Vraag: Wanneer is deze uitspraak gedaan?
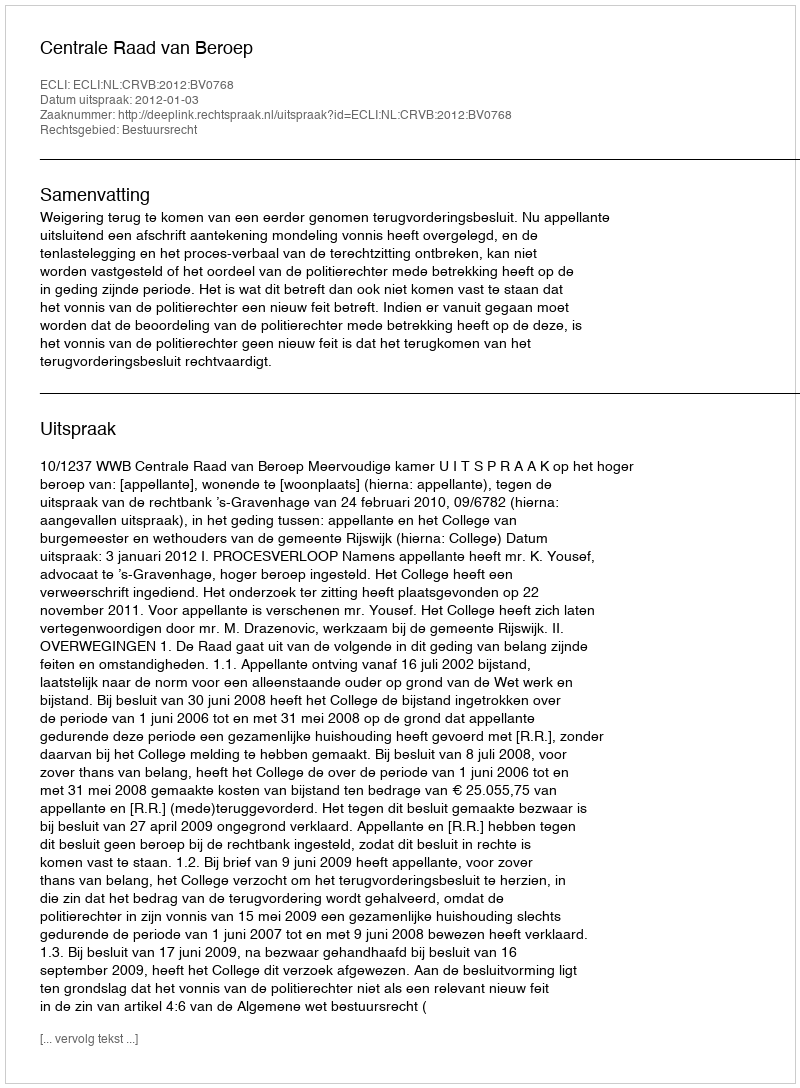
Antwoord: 2012-01-03